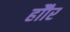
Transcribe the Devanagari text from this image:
होौर